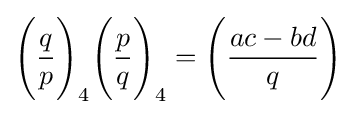
{\Bigg (}{\frac {q}{p}}{\Bigg )}_{4}{\Bigg (}{\frac {p}{q}}{\Bigg )}_{4}={\Bigg (}{\frac {ac-bd}{q}}{\Bigg )}